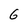
Character: G